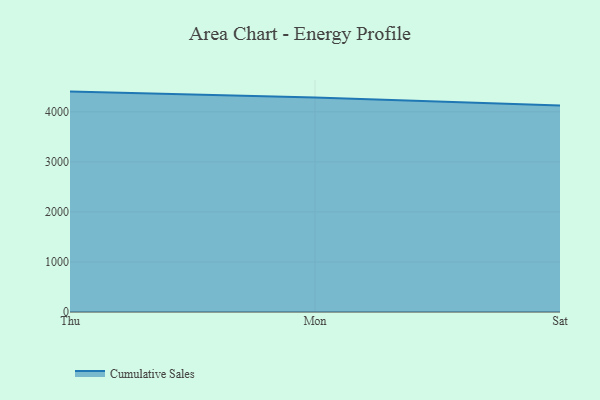
{"axis": {"x": "Day", "y": "Energy Usage (MWh)"}, "legend": ["Cumulative Sales"], "data": [{"x": "Thu", "y": 4403.0, "type": "Cumulative Sales"}, {"x": "Mon", "y": 4283.3, "type": "Cumulative Sales"}, {"x": "Sat", "y": 4124.2, "type": "Cumulative Sales"}]}